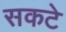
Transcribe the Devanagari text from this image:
सकटे